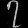
Digit: ၇